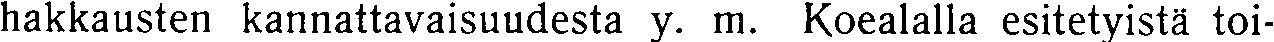
hakkausten kannattavaisuudesta y. m. Koealalla esitetyistä toi-